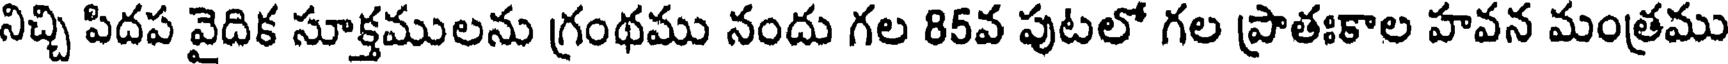
నిచ్చి పిదప వైదిక సూక్తములను గ్రంథము నందు గల 85వ పుటలో గల ప్రాతఃకాల హవన మంత్రము